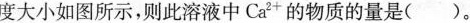
度大小如图所示，则此溶液中Ca^{2+}的物质的量是( )。